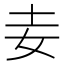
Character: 𡉓